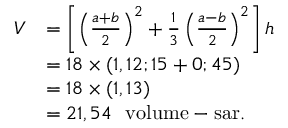
\begin{array} { r l } { V } & { = \left[ \left( \frac { a + b } { 2 } \right) ^ { 2 } + \frac { 1 } { 3 } \left( \frac { a - b } { 2 } \right) ^ { 2 } \right] h } \\ & { = 1 8 \times ( 1 , 1 2 ; 1 5 + 0 ; 4 5 ) } \\ & { = 1 8 \times ( 1 , 1 3 ) } \\ & { = 2 1 , 5 4 ~ \mathrm { { \fontfamily { q p l } \selectfont ~ v o l u m e - s a r } } . } \end{array}